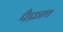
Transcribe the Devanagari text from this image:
पैफ्राथ